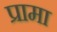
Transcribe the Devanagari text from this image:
प्रामा